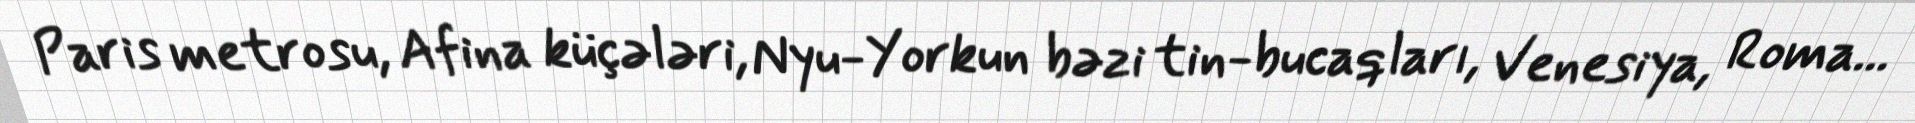
Paris metrosu, Afina küçələri, Nyu-Yorkun bəzi tin-bucaqları, Venesiya, Roma...